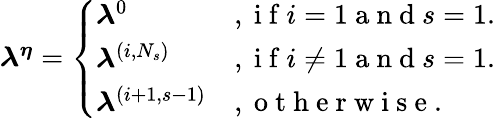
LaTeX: \begin{array}{r}{\boldsymbol{\lambda^{\eta}}=\left\{ \begin{array}{ll}{\boldsymbol{\lambda}^{0}}&{,\mathrm{~i~f~}i=1\mathrm{~a~n~d~}s=1.}\\ {\boldsymbol{\lambda}^{(i,N_{s})}}&{,\mathrm{~i~f~}i\neq 1\mathrm{~a~n~d~}s=1.}\\ {\boldsymbol{\lambda}^{(i+1,s-1)}}&{,\mathrm{~o~t~h~e~r~w~i~s~e~.~}}\end{array}\right.}\end{array}